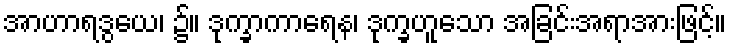
အာဟာရဒွယေ၊ ၌။ ဒုက္ခာကာရေန၊ ဒုက္ခဟူသော အခြင်းအရာအားဖြင့်။